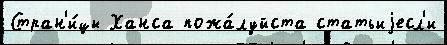
Стран'и́цы Ханса пожа́луйста статьиjесл'и